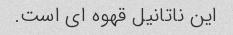
این ناتانیل قهوه ای است.